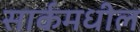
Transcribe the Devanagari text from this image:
सार्कमधील